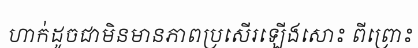
ហាក់ដូចជាមិនមានភាពប្រសើរឡើងសោះ ពីព្រោះ